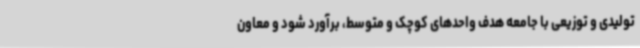
تولیدی و توزیعی با جامعه هدف واحدهای کوچک و متوسط، برآورد شود و معاون